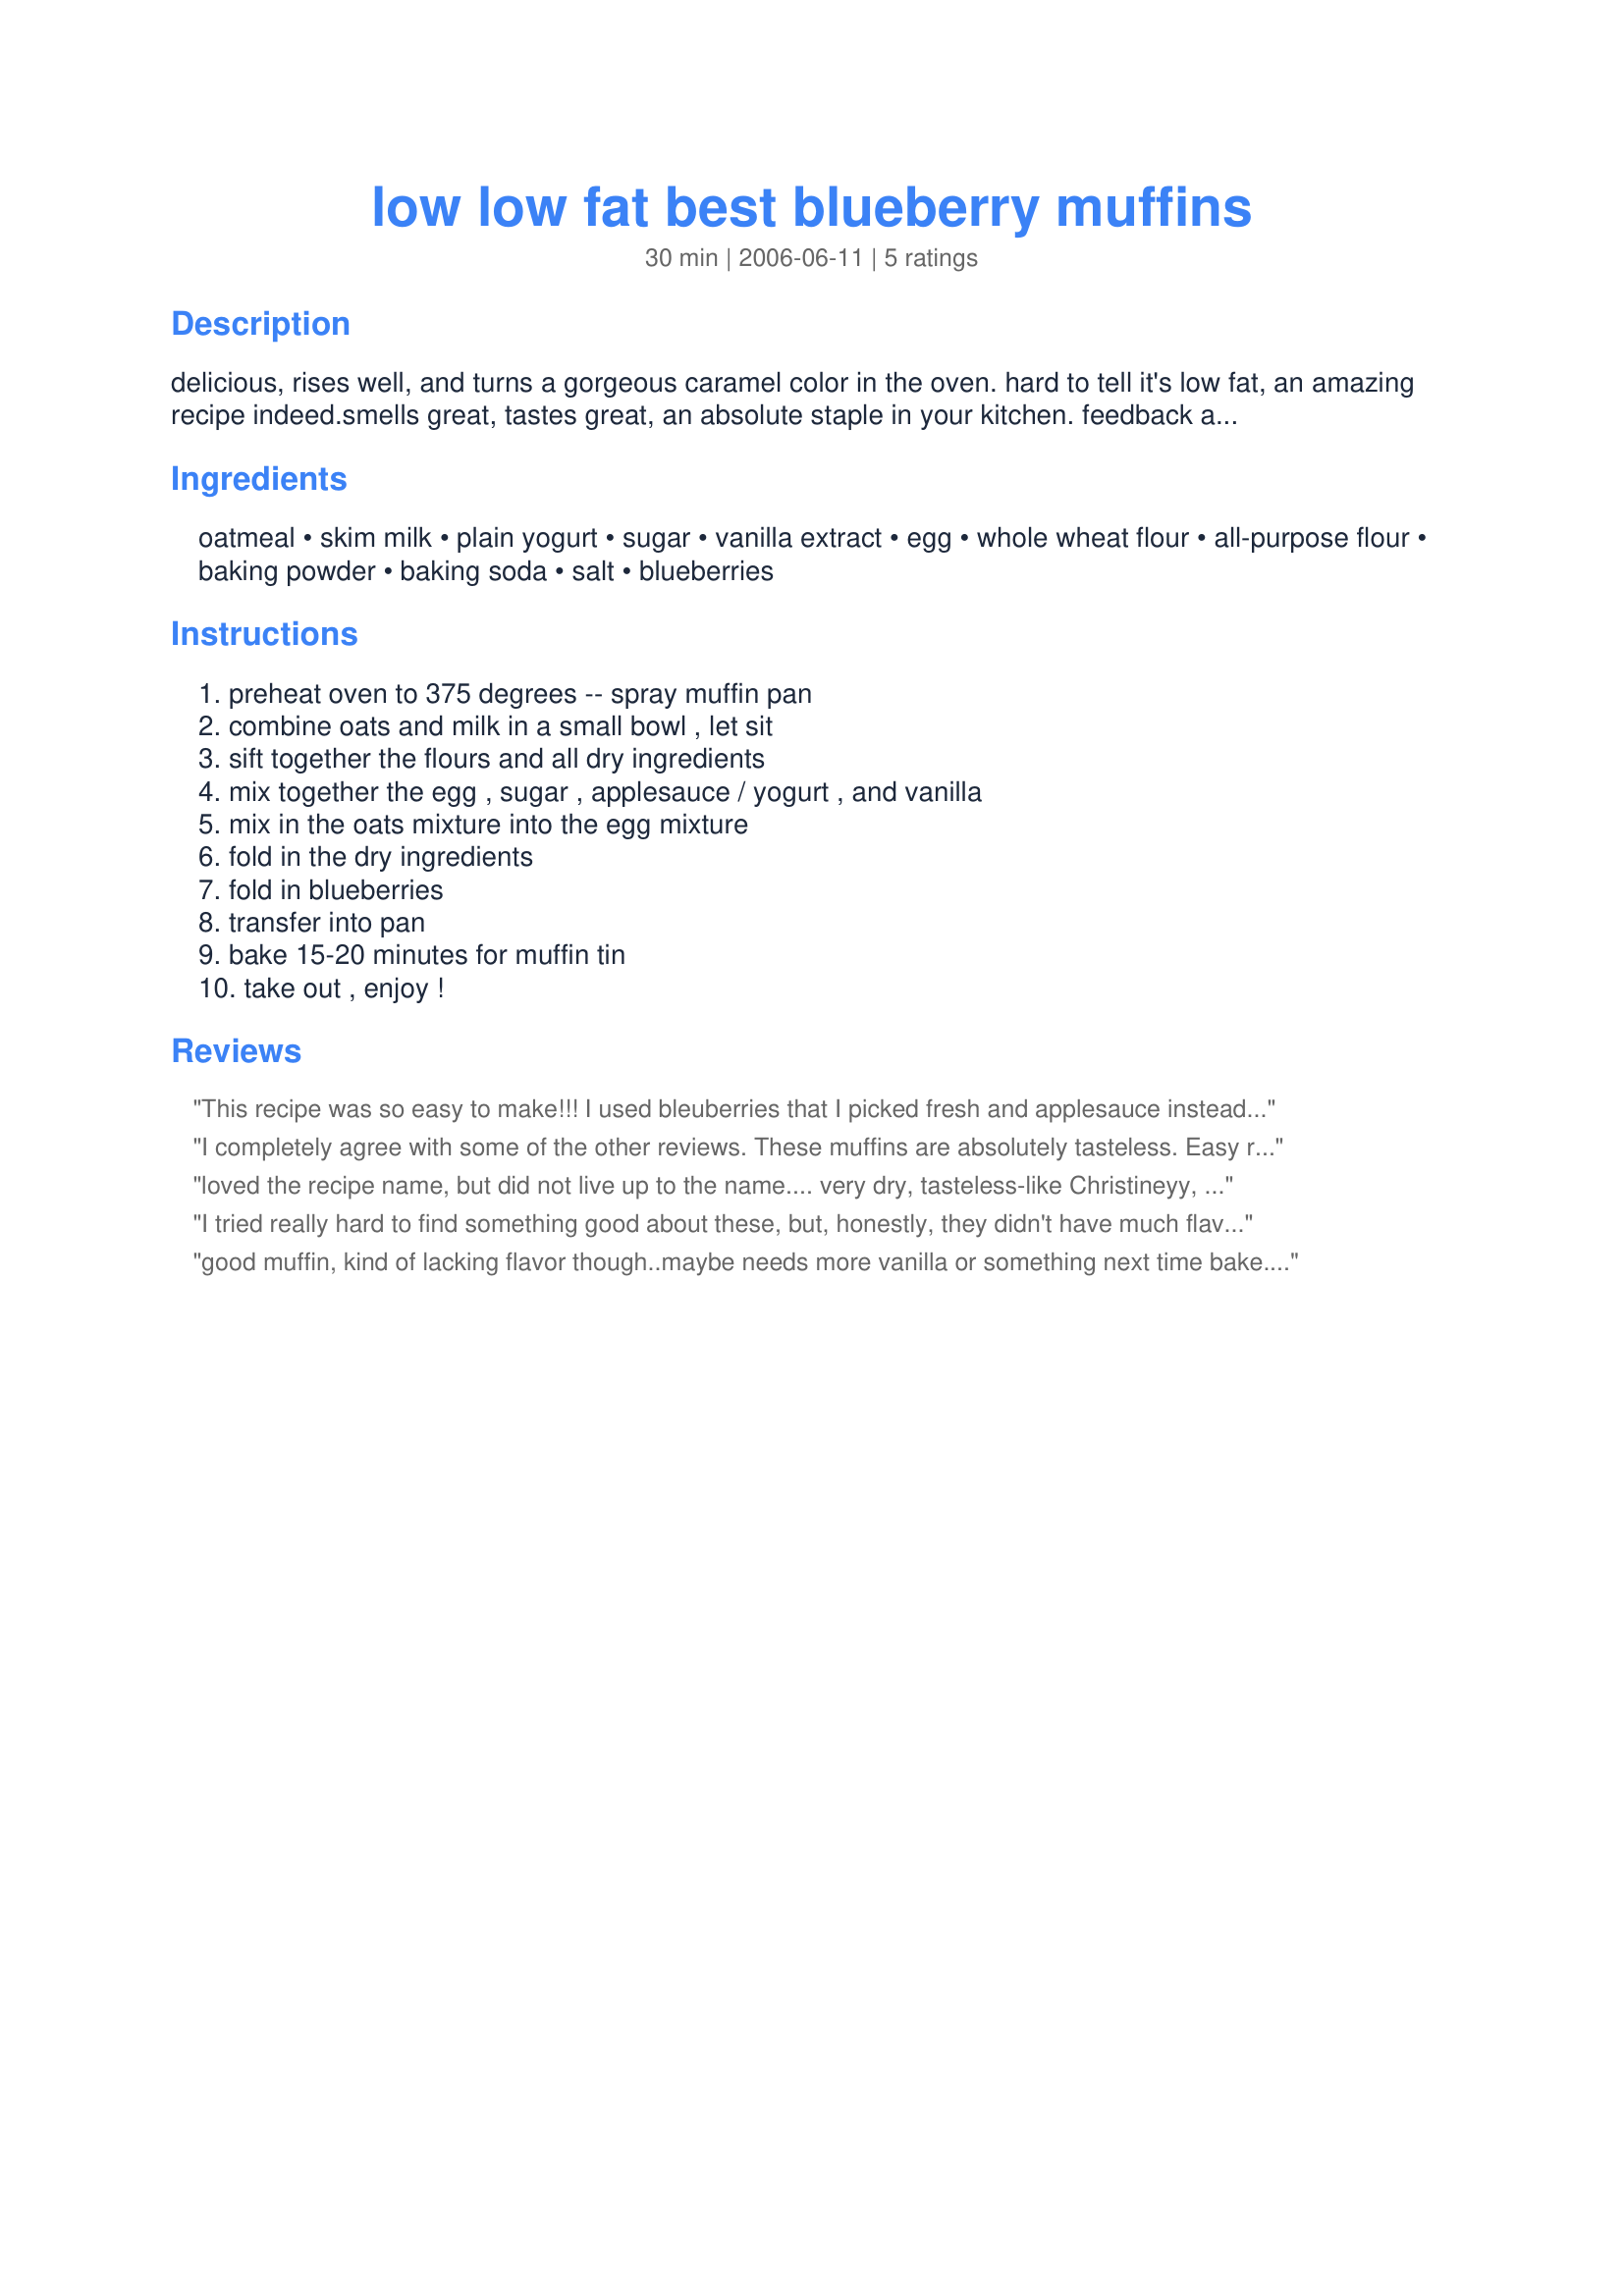
low low fat best blueberry muffins
Preparation time: 30 minutes

delicious, rises well, and turns a gorgeous caramel color in the oven. hard to tell it's low fat, an amazing recipe indeed.smells great, tastes great, an absolute staple in your kitchen. feedback appreciated!

Ingredients:
oatmeal, skim milk, plain yogurt, sugar, vanilla extract, egg, whole wheat flour, all-purpose flour, baking powder, baking soda, salt, blueberries

Steps:
preheat oven to 375 degrees -- spray muffin pan, combine oats and milk in a small bowl , let sit, sift together the flours and all dry ingredients, mix together the egg , sugar , applesauce / yogurt , and vanilla, mix in the oats mixture into the egg mixture, fold in the dry ingredients, fold in blueberries, transfer into pan, bake 15-20 minutes for muffin tin, take out , enjoy !

Reviews:
This recipe was so easy to make!!! I used bleuberries that I picked fresh and applesauce instead of the yogurt and my family just loved them!!!! Thank you for a healthy low fat treat!!!!!
I completely agree with some of the other reviews. These muffins are absolutely tasteless. Easy recipe, but so disappointing.
loved the recipe name, but did not live up to the name.... very dry, tasteless-like Christineyy, I too, had to throw it all away---hate wasting food :-(
I tried really hard to find something good about these, but, honestly, they didn't have much flavor. I ended up throwing all the muffins away.
good muffin, kind of lacking flavor though..maybe needs more vanilla or something next time bake. i also added whey protein to the mix for a great after workout snack
